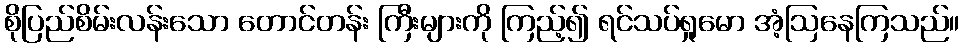
စိုပြည်စိမ်းလန်းသော တောင်တန်း ကြီးများကို ကြည့်၍ ရင်သပ်ရှုမော အံ့ဩနေကြသည်။